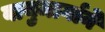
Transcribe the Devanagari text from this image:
वायुमार्गाने